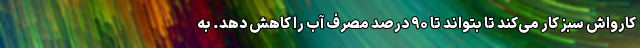
کارواش سبز کار می‌کند تا بتواند تا ۹۰ درصد مصرف آب را کاهش دهد. به